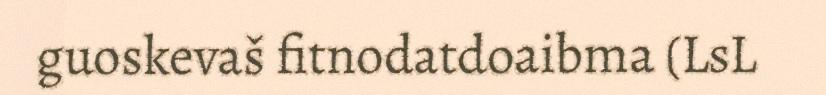
guoskevaš fitnodatdoaibma (LsL